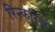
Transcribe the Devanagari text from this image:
रिन्करिज़